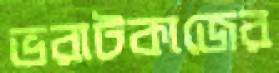
ভরাটকাজের